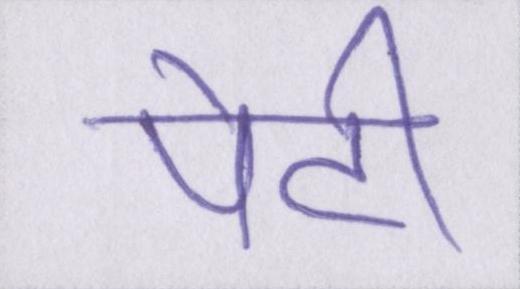
पेटी